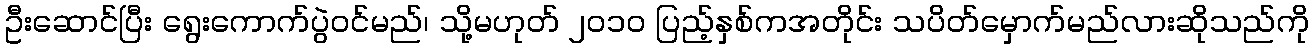
ဦးဆောင်ပြီး ရွေးကောက်ပွဲဝင်မည်၊ သို့မဟုတ် ၂၀၁၀ ပြည့်နှစ်ကအတိုင်း သပိတ်မှောက်မည်လားဆိုသည်ကို